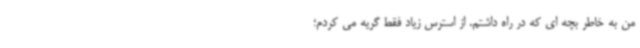
من به خاطر بچه ای که در راه داشتم. از استرس زیاد فقط گریه می کردم؛